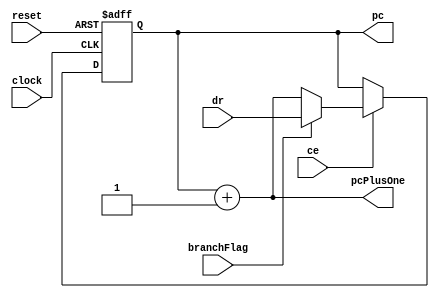
module PC(input clock,reset,branchFlag,ce,//changeEnable
			input [15:0] dr,
			output reg [15:0] pc,pcPlusOne);

	reg [15:0] p2_master,p2_slave,p3_master,p3_slave,p4_master,p4_slave,p5;
	reg pcStoped;

	always @(*)begin
		pcPlusOne <= pc + 1;
	end
	
	always @(posedge clock or negedge reset) begin 
		if(!reset)begin
			pc <= 0;
		end else begin
			if(ce == 1'b1)begin
				if(branchFlag == 1'b1) begin
					pc <= dr;
				end else  begin
					pc <= pc+1;
				end
			end
		end
	end
	
endmodule